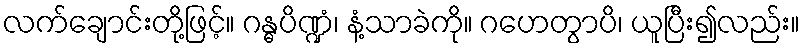
လက်ချောင်းတို့ဖြင့်။ ဂန္ဓပိဏ္ဍံ၊ နံ့သာခဲကို။ ဂဟေတွာပိ၊ ယူပြီး၍လည်း။